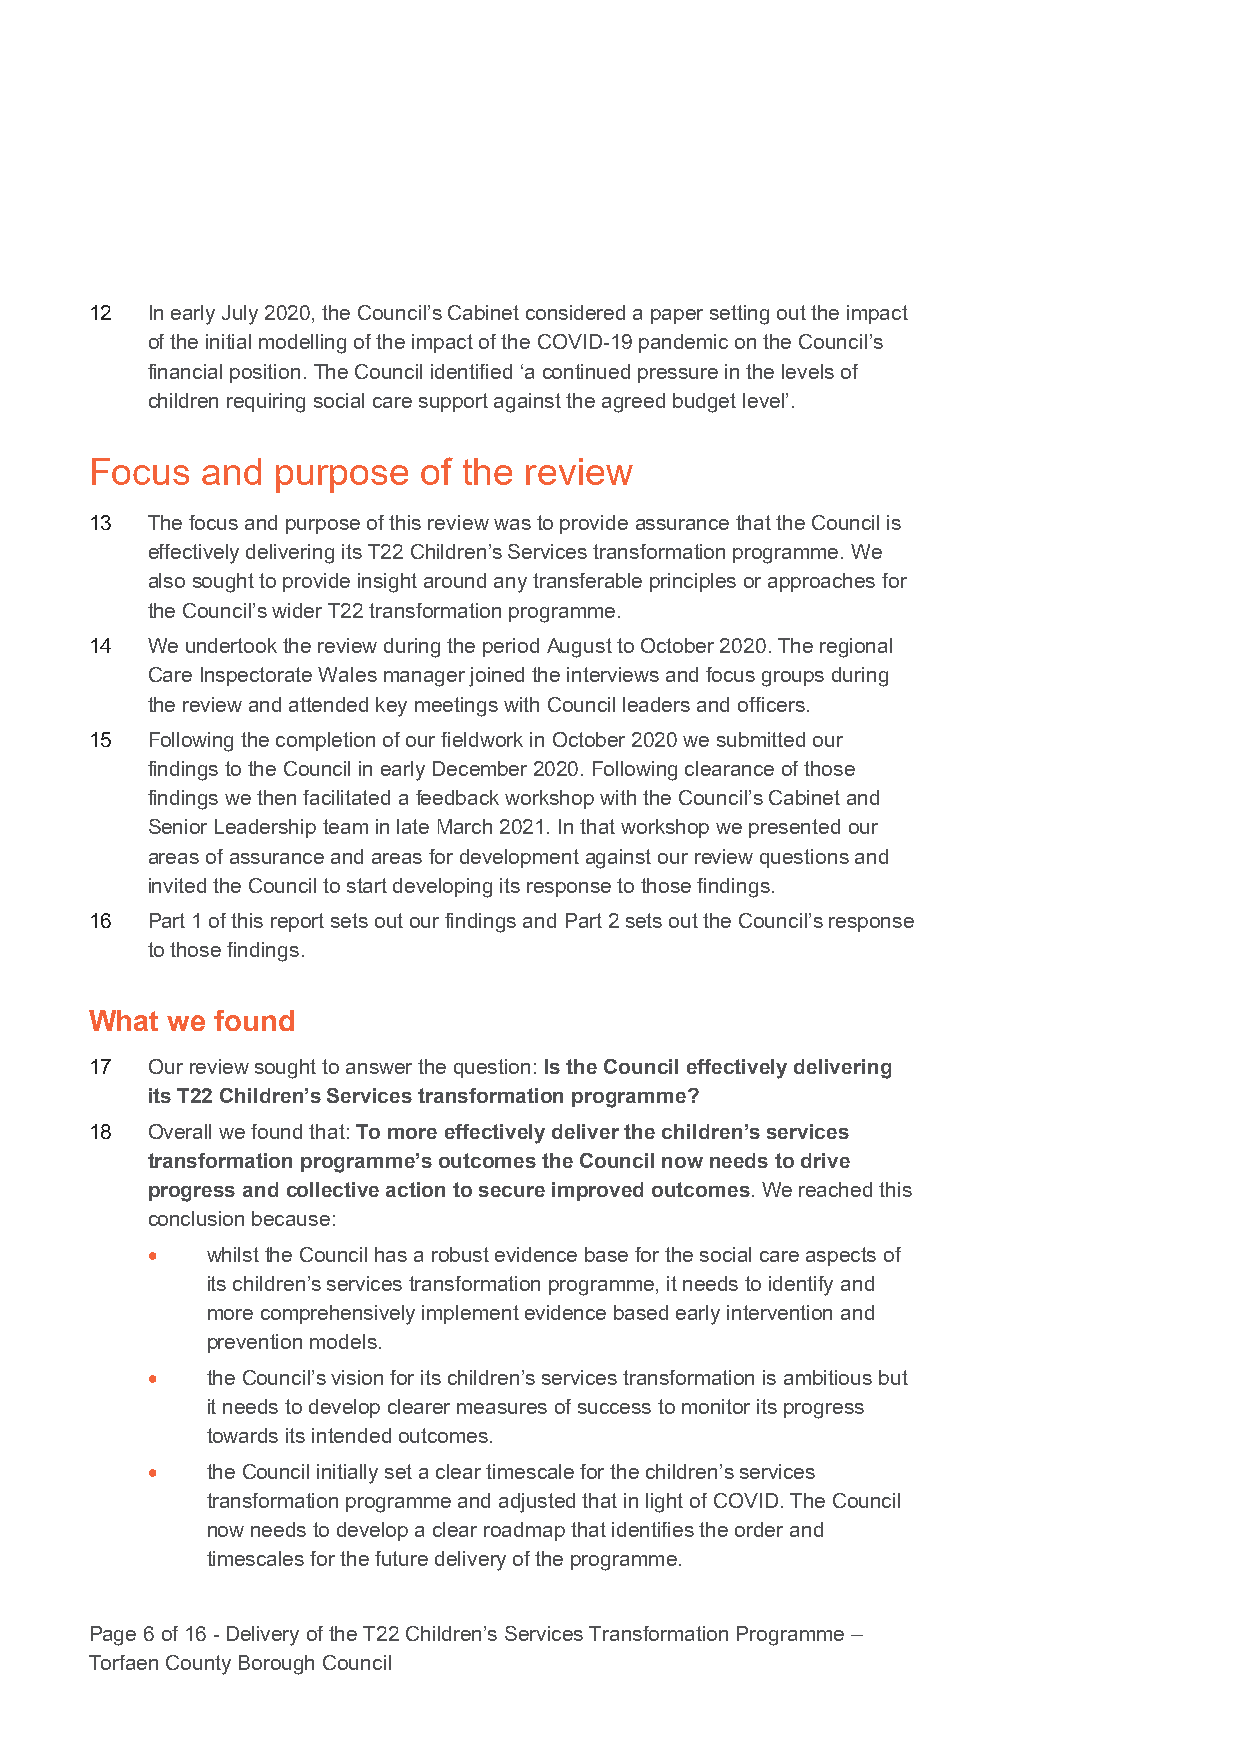
12  In early July 2020, the Council’s Cabinet considered a paper setting out the impact
 of the initial modelling of the impact of the COVID-19 pandemic on the Council’s
 financial position. The Council identified ‘a continued pressure in the levels of
 children requiring social care support against the agreed budget level’.
 Focus  and  purpose   of the review
 13  The focus and purpose of this review was to provide assurance that the Council is
 effectively delivering its T22 Children’s Services transformation programme. We
 also sought to provide insight around any transferable principles or approaches for
 the Council’s wider T22 transformation programme.
 14  We undertook the review during the period August to October 2020. The regional
 Care Inspectorate Wales manager joined the interviews and focus groups during
 the review and attended key meetings with Council leaders and officers.
 15  Following the completion of our fieldwork in October 2020 we submitted our
 findings to the Council in early December 2020. Following clearance of those
 findings we then facilitated a feedback workshop with the Council’s Cabinet and
 Senior Leadership team in late March 2021. In that workshop we presented our
 areas of assurance and areas for development against our review questions and
 invited the Council to start developing its response to those findings.
 16  Part 1 of this report sets out our findings and Part 2 sets out the Council’s response
 to those findings.
 What we found
 17  Our review sought to answer the question: Is the Council effectively delivering
 its T22 Children’s Services transformation programme?
 18  Overall we found that: To more effectively deliver the children’s services
 transformation programme’s outcomes the Council now needs to drive
 progress and collective action to secure improved outcomes. We reached this
 conclusion because:
 •   whilst the Council has a robust evidence base for the social care aspects of
 its children’s services transformation programme, it needs to identify and
 more comprehensively implement evidence based early intervention and
 prevention models.
 •   the Council’s vision for its children’s services transformation is ambitious but
 it needs to develop clearer measures of success to monitor its progress
 towards its intended outcomes.
 •   the Council initially set a clear timescale for the children’s services
 transformation programme and adjusted that in light of COVID. The Council
 now needs to develop a clear roadmap that identifies the order and
 timescales for the future delivery of the programme.
 Page 6 of 16 - Delivery of the T22 Children’s Services Transformation Programme –
 Torfaen County Borough Council